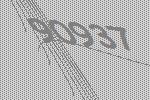
90937